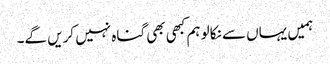
ہمیں یہاں سے نکالو ہم کبھی بھی گناہ نہیں کریں گے۔